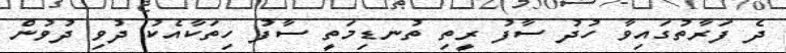
ދެ ފަރާތުގައިވާ ހުދު ސާފު ރީތި ތުނޑިމަތީ ސާފު ހިތަކާއެކު ދުވި ދުވުން